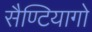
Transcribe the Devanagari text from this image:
सैण्टियागो